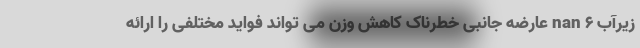
زیرآب nan 6 عارضه جانبی خطرناک کاهش وزن می تواند فواید مختلفی را ارائه